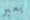
يعبر